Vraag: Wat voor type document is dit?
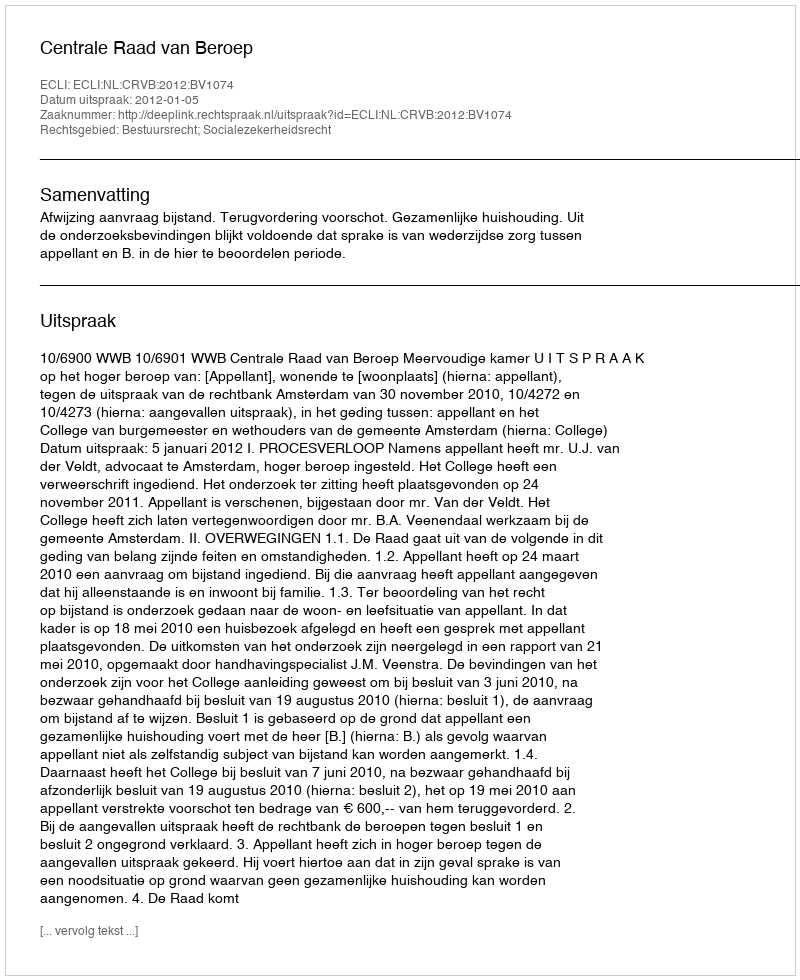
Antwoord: Uitspraak